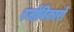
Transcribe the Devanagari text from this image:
रजोविकारों